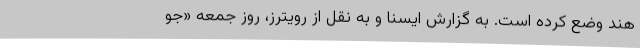
هند وضع کرده است. به گزارش ایسنا و به نقل از رویترز، روز جمعه «جو